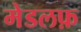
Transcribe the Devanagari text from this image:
मेडलफ़